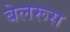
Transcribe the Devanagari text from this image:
बेलरूस